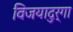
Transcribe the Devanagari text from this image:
विजयादुर्गा